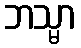
ဘသ္မာ